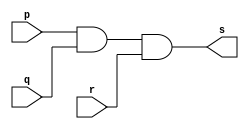
// Exercicio08 - AND c/ 3 entradas 
// Nome: Marlon Henrique de Azeredo Formiga 
// ------------------------- 
// ------------------------- 
// -- and gate 
// ------------------------- 
module andgate ( output s, 
						input p, 
						input q,
						input r); 
assign s = p & q & r; 
endmodule // andgate 
// --------------------- 
// -- test and gate 
// --------------------- 
module testandgate; 
// ------------------------- dados locais 
reg a, b, c; // definir registradores 
wire s; // definir conexao (fio) 
// ------------------------- instancia 
andgate AND1 (s, a, b, c); 
// ------------------------- preparacao 
initial begin:start 
// atribuicao simultanea dos valores iniciais 
a=0; b=0; c=0;
end 
// ------------------------- parte principal 
initial begin 
$display("Exercicio08 - Marlon Henrique de Azeredo Formiga - 397248"); 
$display("Test AND gate"); 
$display("\na & b & c = s\n"); 
a=0; b=0; c=0;
#1 $display("%b & %b & %b = %b", a, b, c, s); 
a=1; b=0; c=0;
#1 $display("%b & %b & %b = %b", a, b, c, s); 
a=0; b=1; c=0;
#1 $display("%b & %b & %b = %b", a, b, c, s);
a=0; b=0; c=1; 
#1 $display("%b & %b & %b = %b", a, b, c, s);
a=1; b=1; c=0; 
#1 $display("%b & %b & %b = %b", a, b, c, s);
a=0; b=1; c=1;
#1 $display("%b & %b & %b = %b", a, b, c, s);
a=1; b=0; c=1;
#1 $display("%b & %b & %b = %b", a, b, c, s); 
a=1; b=1; c=1;
#1 $display("%b & %b & %b = %b", a, b, c, s); 
end 
endmodule // testandgate